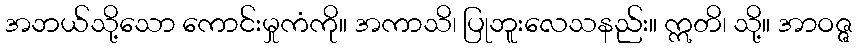
အဘယ်သို့သော ကောင်းမှုကံကို။ အကာသိ၊ ပြုဘူးလေသနည်း။ ဣတိ၊ သို့။ အာဝဇ္ဇ